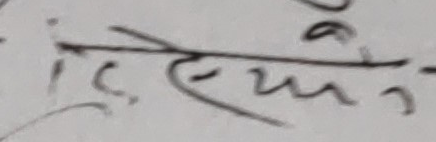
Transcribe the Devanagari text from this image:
टि. एम.-